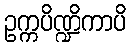
ဥက္ကပိဏ္ဍိကာပိ